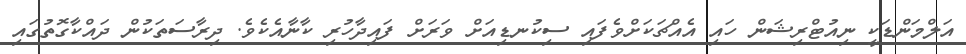
އަލްމަންޑަކީ ނިއުޓްރިޝަން ހައި އެއްޗަކަށްވެފައި ސިކުނޑިއަށް ވަރަށް ފައިދާހުރި ކާނާއެކެވެ. ދިރާސަތަކުން ދައްކާގޮތުގައި